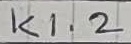
Text: K1.2